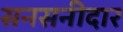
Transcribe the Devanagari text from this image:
सनसनीदार